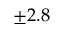
\pm 2 . 8